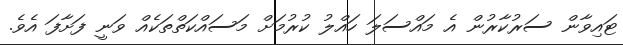
ޓައިވާން ސަރުކާރުން އެ މައްސަލަ ހައްލު ކުރުމަށް މަސައްކަތްތަކެއް ވަނީ ފަށާފަ އެވެ.